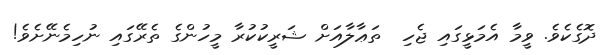
ދޮގެކެވެ. ވީމާ އެމަޅީގައި ޖެހި  ތަޢާލާއަށް ޝަރީކުކުރާ މީހުންގެ ތެރޭގައި ނުހިމެނޭށެވެ!